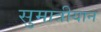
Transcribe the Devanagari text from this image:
सुमात्रीयान